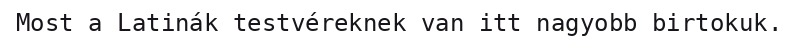
Most a Latinák testvéreknek van itt nagyobb birtokuk.